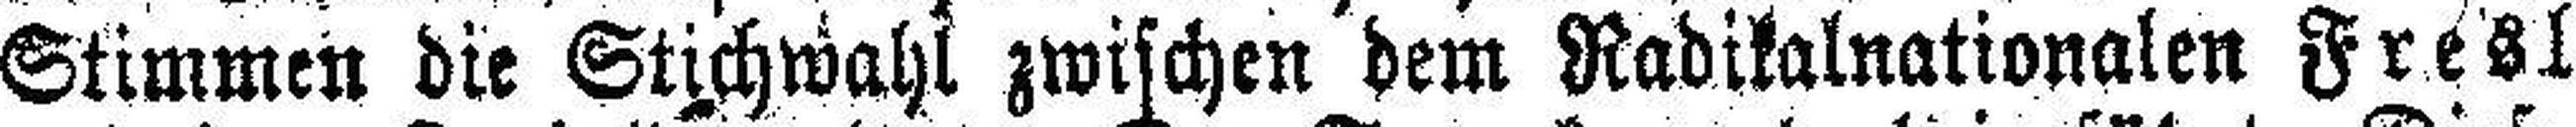
Stimmen die Stichwahl zwischen dem Radikalnationalen Fresl